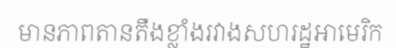
មានភាពតានតឹងខ្លាំងរវាងសហរដ្ឋអាមេរិក